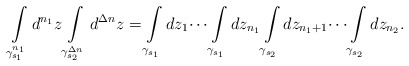
\begin{align*}\int\limits_{\gamma_{s_1}^{n_1}}d^{n_1}z\int\limits_{\gamma_{s_2}^{\Delta n}}d^{\Delta n}z=\int\limits_{\gamma_{s_1}}dz_1\dots\int\limits_{\gamma_{s_1}}dz_{n_1}\int\limits_{\gamma_{s_2}}dz_{n_1+1}\dots\int\limits_{\gamma_{s_2}}dz_{n_2}.\end{align*}